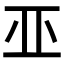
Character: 𠀜